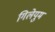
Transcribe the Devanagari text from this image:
गिलेयुम